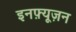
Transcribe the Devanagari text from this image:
इनफ़्यूज़न